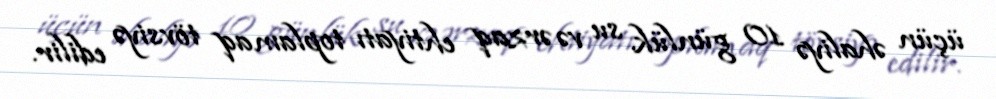
üçün əhaliyə 10 günlük su və ərzaq ehtiyatı toplamaq tövsiyə edilir.